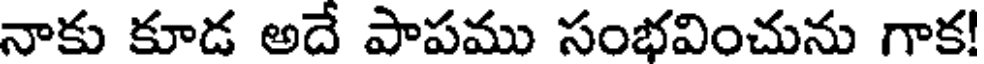
నాకు కూడ అదే పాపము సంభవించును గాక!